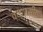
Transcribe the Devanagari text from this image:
व्यापसीठ